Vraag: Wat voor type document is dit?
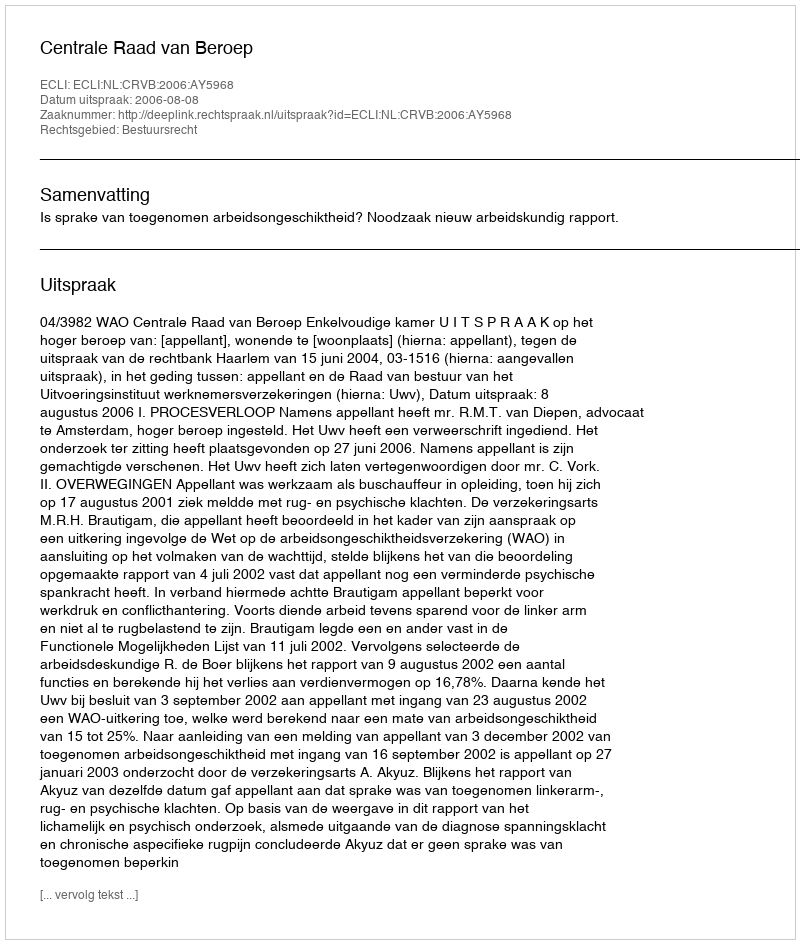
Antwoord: Uitspraak